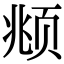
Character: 𫖯